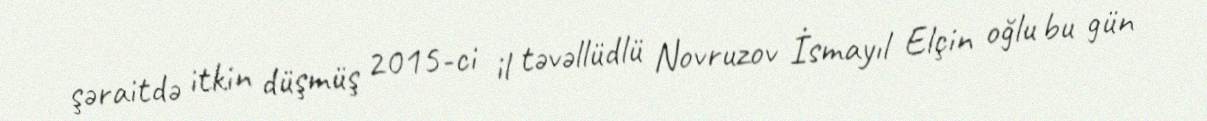
şəraitdə itkin düşmüş 2015-ci il təvəllüdlü Novruzov İsmayıl Elçin oğlu bu gün